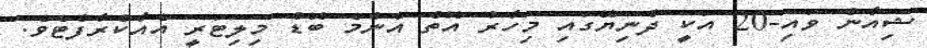
ޝިއާން ވައި-20 އަކީ ދުނިޔޭގައި މިހާރު އޮތް އެންމެ ބޮޑު މިލިޓަރީ އެއާކްރާފްޓެވެ.